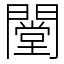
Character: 闛